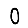
Digit: 0